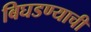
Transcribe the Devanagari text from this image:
बिघडण्याची